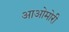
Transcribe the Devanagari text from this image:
आओमोरी